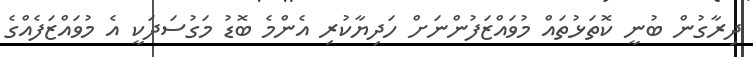
ދިރާގުން ބުނީ ކޮތަޅުތައް މުވައްޒަފުންނަށް ހަދިޔާކުރި އެންމެ ބޮޑު މަގުސަދަކީ އެ މުވައްޒަފެއްގެ